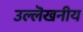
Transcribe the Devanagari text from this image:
उल्लॆखनीय